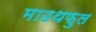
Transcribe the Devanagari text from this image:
माउथफुल